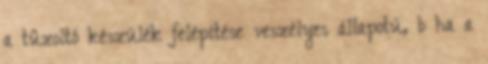
a tûzoltó készülék felépítése veszélyes állapotú, b ha a